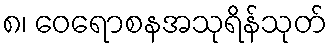
၈၊ ဝေရောစနအသုရိန်သုတ်